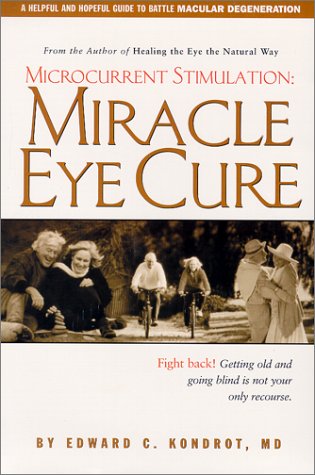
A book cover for Microcurrent Stimulation : Miracle Eye Cure; Edward C. Kondrot; Health, Fitness & Dieting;